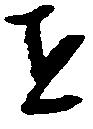
を